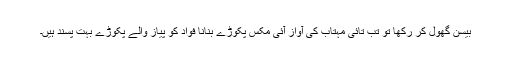
بیسن گھول کر رکھا تو تب تائی مہتاب کی آواز آئی مکس پکوڑے بنانا فواد کو پیاز والے پکوڑے بہت پسند ہیں۔